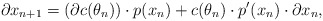
\begin{align*}\partial x_{n+1} = \left( \partial c(\theta_n) \right) \cdot p(x_n) + c(\theta_n) \cdot p'(x_n) \cdot \partial x_n,\end{align*}